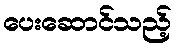
ပေးဆောင်သည့်